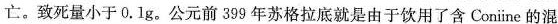
亡。致死量小于0.1g。公元前399年苏格拉底就是由于饮用了含Coniine的混